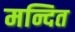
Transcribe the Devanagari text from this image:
मन्दित